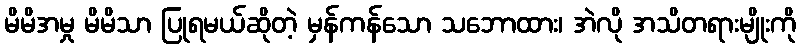
မိမိအမှု မိမိသာ ပြုရမယ်ဆိုတဲ့ မှန်ကန်သော သဘောထား၊ အဲလို အသိတရားမျိုးကို